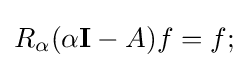
R_{\alpha }(\alpha \mathbf {I} -A)f=f;